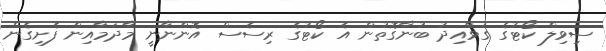
ސިވިލް ކޯޓުގެ ގަވާއިދު ބުނާގޮތުން އެ ކޯޓުގެ ރިސެސް އޮންނާނީ މާދަމާއިން ފެށިގެން